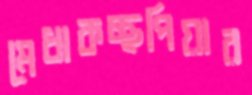
মেধাকচ্ছপিয়ার